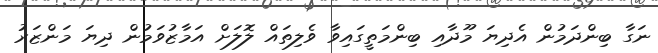
ނަގާ ބިންދަމުން އެދިޔަ މޫދާއި ބިންމަތީގައިވާ ވެލިތައް ލޮލަށް އަމާޒުވަމުން ދިޔަ މަންޒަރު